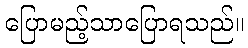
ပြောမည့်သာပြောရသည်။